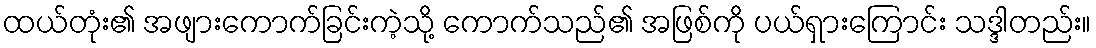
ထယ်တုံး၏ အဖျားကောက်ခြင်းကဲ့သို့ ကောက်သည်၏ အဖြစ်ကို ပယ်ရှားကြောင်း သဒ္ဒါတည်း။